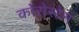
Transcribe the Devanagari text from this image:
कोरोस्टेन